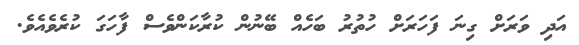
އަދި ވަރަށް ގިނަ ފަހަރަށް ހުތުރު ބަހެއް ބޭނުން ކުރާކަންވެސް ފާހަގަ ކުރެވެއެވެ.